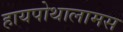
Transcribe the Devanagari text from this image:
हायपोथालामस